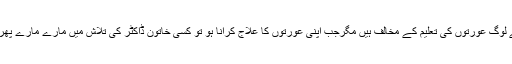
بہت سے لوگ عورتوں کی تعلیم کے مخالف ہیں مگرجب اپنی عورتوں کا علاج کرانا ہو تو کسی خاتون ڈاکٹر کی تلاش میں مارے مارے پھرتے ہیں۔